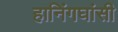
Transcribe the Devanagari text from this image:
हानिंगघांसी